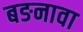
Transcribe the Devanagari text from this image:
बङनावा